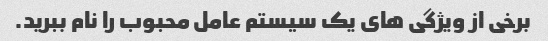
برخی از ویژگی های یک سیستم عامل محبوب را نام ببرید.